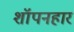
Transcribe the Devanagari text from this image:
शॉपनहार